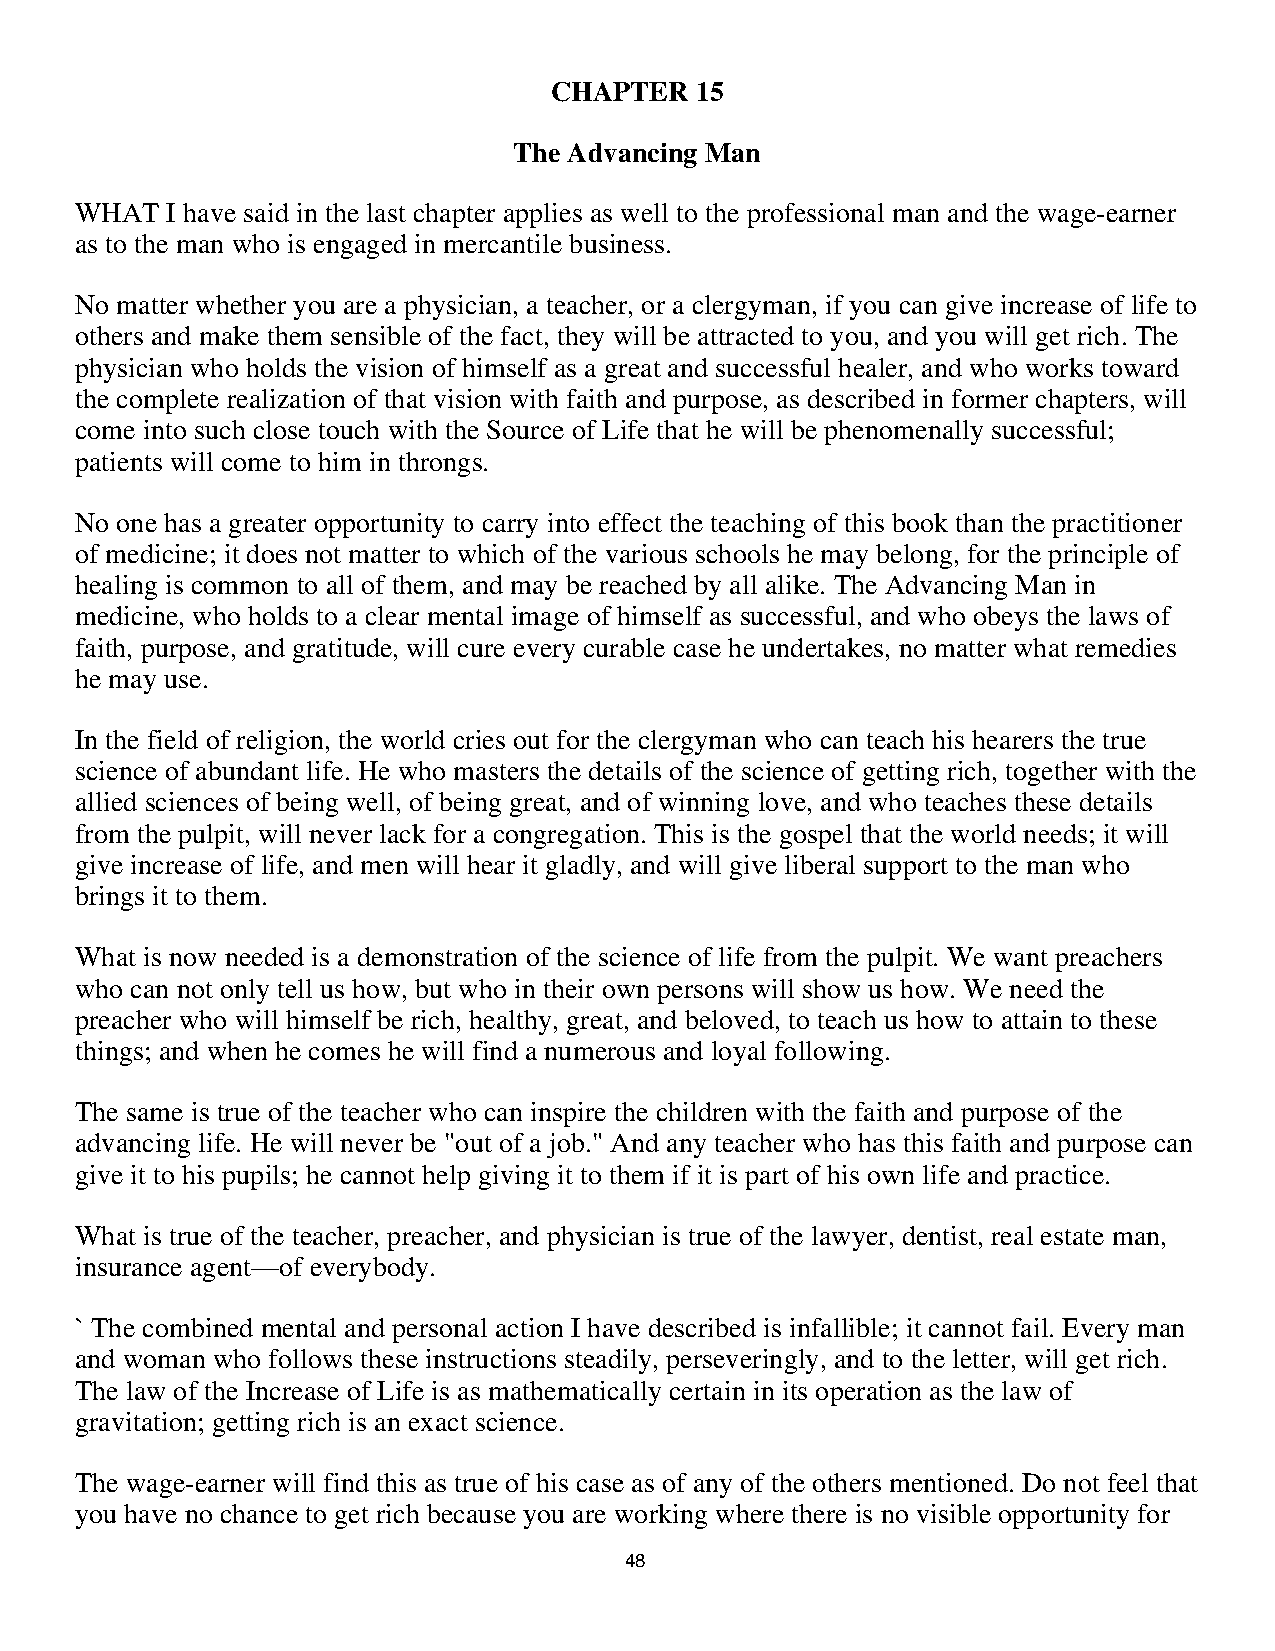
CHAPTER   15
 The Advancing Man
 WHAT  I have said in the last chapter applies as well to the professional man and the wage-earner
 as to the man who is engaged in mercantile business.
 No matter whether you are a physician, a teacher, or a clergyman, if you can give increase of life to
 others and make them sensible of the fact, they will be attracted to you, and you will get rich. The
 physician who holds the vision of himself as a great and successful healer, and who works toward
 the complete realization of that vision with faith and purpose, as described in former chapters, will
 come into such close touch with the Source of Life that he will be phenomenally successful;
 patients will come to him in throngs.
 No one has a greater opportunity to carry into effect the teaching of this book than the practitioner
 of medicine; it does not matter to which of the various schools he may belong, for the principle of
 healing is common to all of them, and may be reached by all alike. The Advancing Man in
 medicine, who holds to a clear mental image of himself as successful, and who obeys the laws of
 faith, purpose, and gratitude, will cure every curable case he undertakes, no matter what remedies
 he may use.
 In the field of religion, the world cries out for the clergyman who can teach his hearers the true
 science of abundant life. He who masters the details of the science of getting rich, together with the
 allied sciences of being well, of being great, and of winning love, and who teaches these details
 from the pulpit, will never lack for a congregation. This is the gospel that the world needs; it will
 give increase of life, and men will hear it gladly, and will give liberal support to the man who
 brings it to them.
 What is now needed is a demonstration of the science of life from the pulpit. We want preachers
 who can not only tell us how, but who in their own persons will show us how. We need the
 preacher who will himself be rich, healthy, great, and beloved, to teach us how to attain to these
 things; and when he comes he will find a numerous and loyal following.
 The same is true of the teacher who can inspire the children with the faith and purpose of the
 advancing life. He will never be "out of a job." And any teacher who has this faith and purpose can
 give it to his pupils; he cannot help giving it to them if it is part of his own life and practice.
 What is true of the teacher, preacher, and physician is true of the lawyer, dentist, real estate man,
 insurance agent—of everybody.
 ` The combined mental and personal action I have described is infallible; it cannot fail. Every man
 and woman who follows these instructions steadily, perseveringly, and to the letter, will get rich.
 The law of the Increase of Life is as mathematically certain in its operation as the law of
 gravitation; getting rich is an exact science.
 The wage-earner will find this as true of his case as of any of the others mentioned. Do not feel that
 you have no chance to get rich because you are working where there is no visible opportunity for
 4488